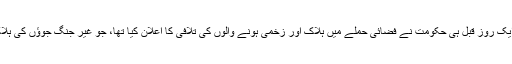
یہ سب اس لیے بھی زیادہ حیران کن تھا کہ ایک روز قبل ہی حکومت نے فضائی حملے میں ہلاک اور زخمی ہونے والوں کی تلافی کا اعلان کیا تھا، جو غیر جنگ جوؤں کی ہلاکت کو کم و بیش تسلیم کرنے والی بات تھی۔